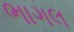
ભાગલ